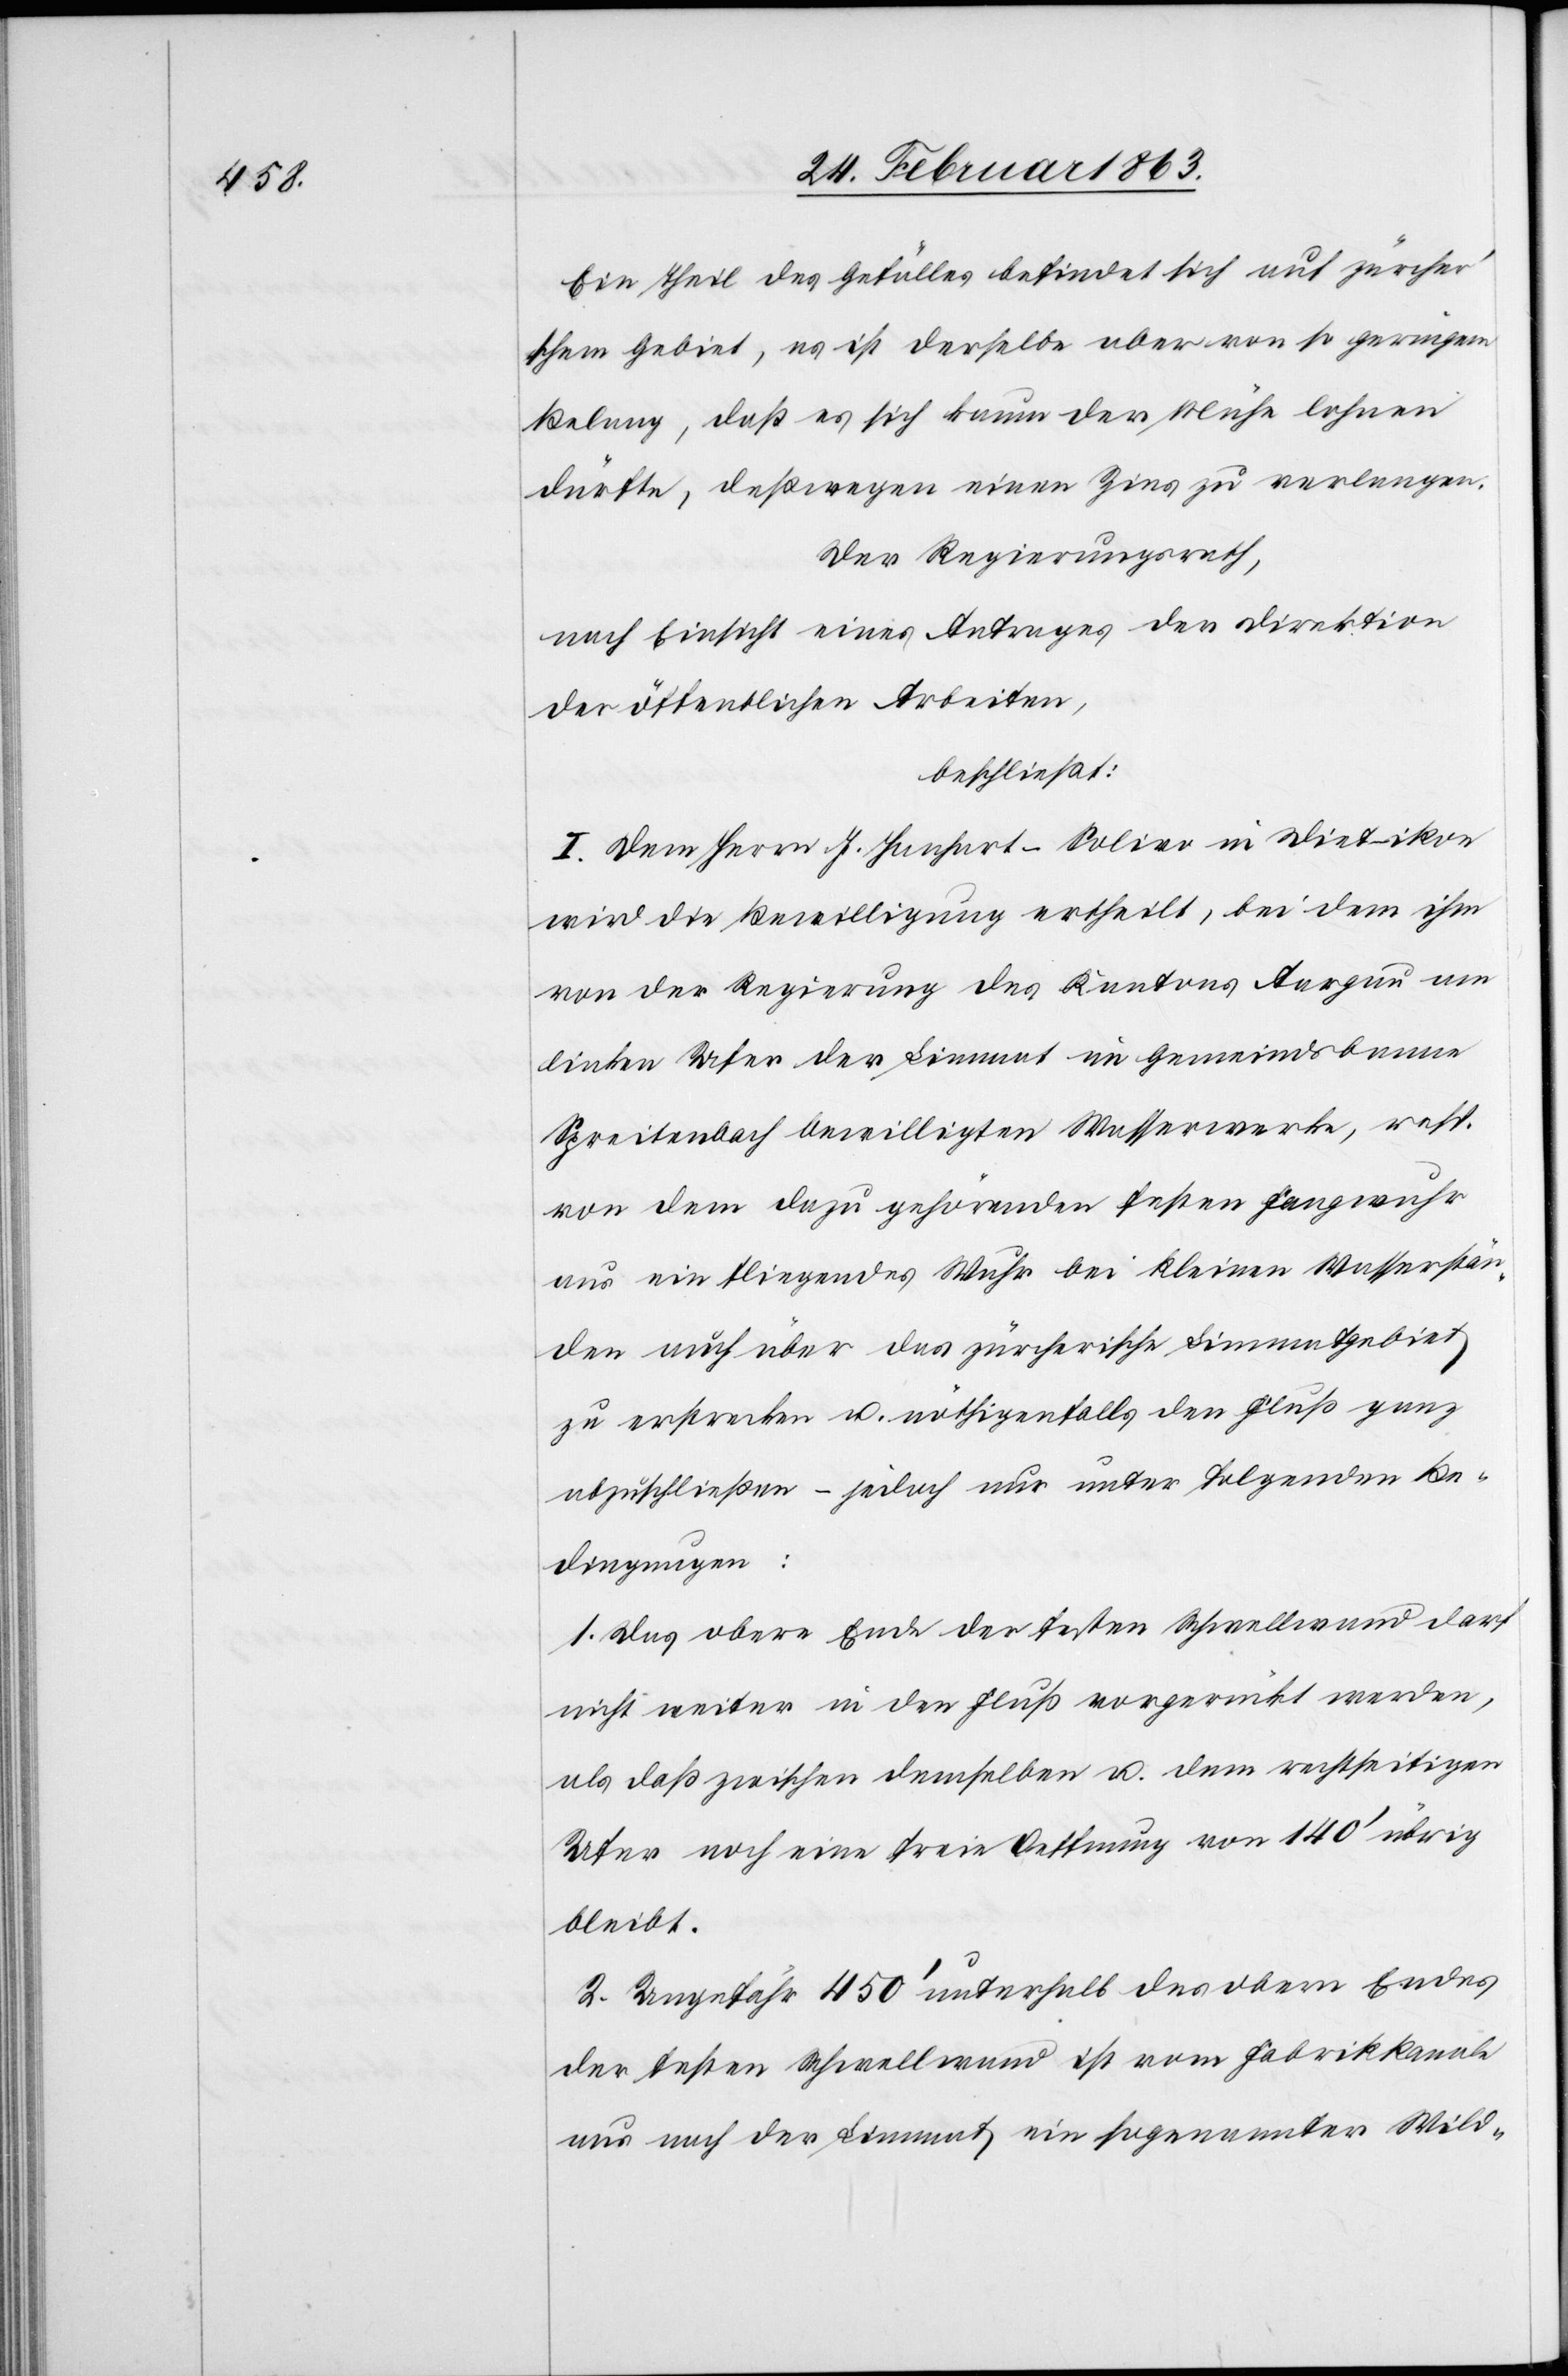
Ein Theil des Gefälles befindet sich auf zürcher's¬
chem Gebiet, es ist derselbe aber von so geringem
Belang, daß es sich kaum der Mühe lohnen
dürfte, deßwegen einen Zins zu verlangen.
Der Regierungsrath,
nach Einsicht eines Antrages der Direktion
der öffentlichen Arbeiten,
beschließt:
I. Dem Herrn J. Hanhart-Solier in Dietikon
wird die Bewilligung ertheilt, bei dem ihm
von der Regierung des Kantons Aargau am
linken Ufer der Limmat im Gemeindsbanne
Spreitenbach bewilligten Wasserwerke, resp.
von dem dazu gehörenden festen Fangwuhr
aus ein fliegendes Wuhr bei kleinen Wasserstän¬
den auch über das zürcherische Limmatgebiet
zu erstrecken u. nöthigenfalls den Fluß ganz
abzuschließen – jedoch unter folgenden Be¬
dingungen:
1. Das obere Ende der festen Schwellwand darf
nicht weiter in den Fluß vorgerückt werden,
als daß zwischen demselben u. dem rechtseitigen
Ufer noch eine freie Oeffnung von 140' übrig
bleibt.
2. Ungefähr 450' unterhalb des obern Endes
der festen Schwellwand ist vom Fabrikkanale
aus nach der Limmat ein sogenannter Wild-